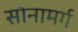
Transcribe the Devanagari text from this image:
सोनामर्ग